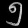
Digit: ၅